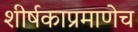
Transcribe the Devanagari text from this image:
शीर्षकाप्रमाणेच